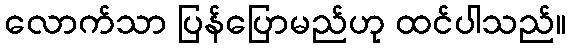
လောက်သာ ပြန်ပြောမည်ဟု ထင်ပါသည်။